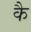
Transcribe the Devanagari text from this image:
कै